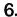
6.